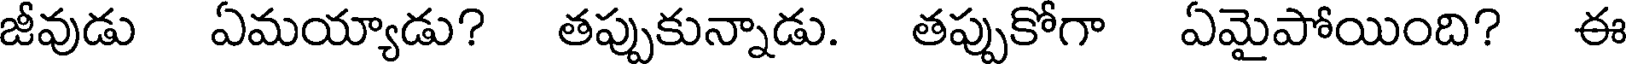
జీవుడు ఏమయ్యాడు? తప్పుకున్నాడు. తప్పుకోగా ఏమైపోయింది? ఈ